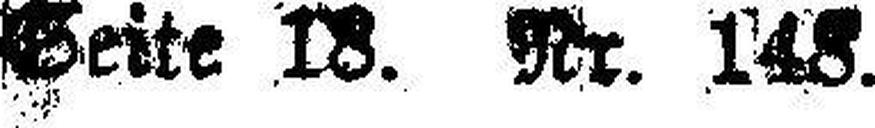
Seite 18. Nr. 148.